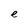
Character: e